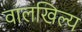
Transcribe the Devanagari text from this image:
वालखिल्‍य